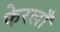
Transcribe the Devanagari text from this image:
फेरलाँ